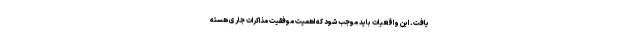
یافت. این واقعیات باید موجب شود که اهمیت موفقیت مذاکرات جاری هسته